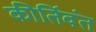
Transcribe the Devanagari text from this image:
कीर्तिवंत